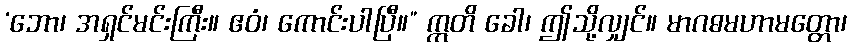
‘ဘော၊ အရှင်မင်းကြီး။ ဧဝံ၊ ကောင်းပါပြီ။” ဣတိ ခေါ၊ ဤသို့လျှင်။ မာဂဓမဟာမတ္တော၊